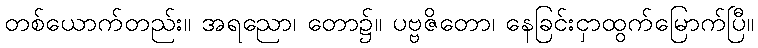
တစ်ယောက်တည်း။ အရညော၊ တော၌။ ပဗ္ဗဇိတော၊ နေခြင်းငှာထွက်မြောက်ပြီ။